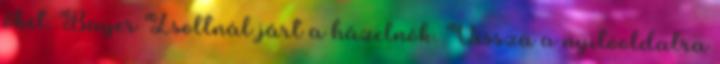
őket. Bayer Zsoltnál járt a házelnök. Vissza a nyitóoldalra